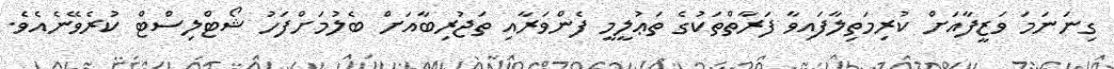
ގިނަނަމަ ވަޒީފާއަށް ކުރިމަތިލާފައިވާ ފަރާތްތަކުގެ ތަޢުލީމީ ފެންވަރާއި ތަޖުރިބާއަށް ބެލުމަށްފަހު ޝޯޓްލިސްޓް ކުރެވޭނެއެވެ.